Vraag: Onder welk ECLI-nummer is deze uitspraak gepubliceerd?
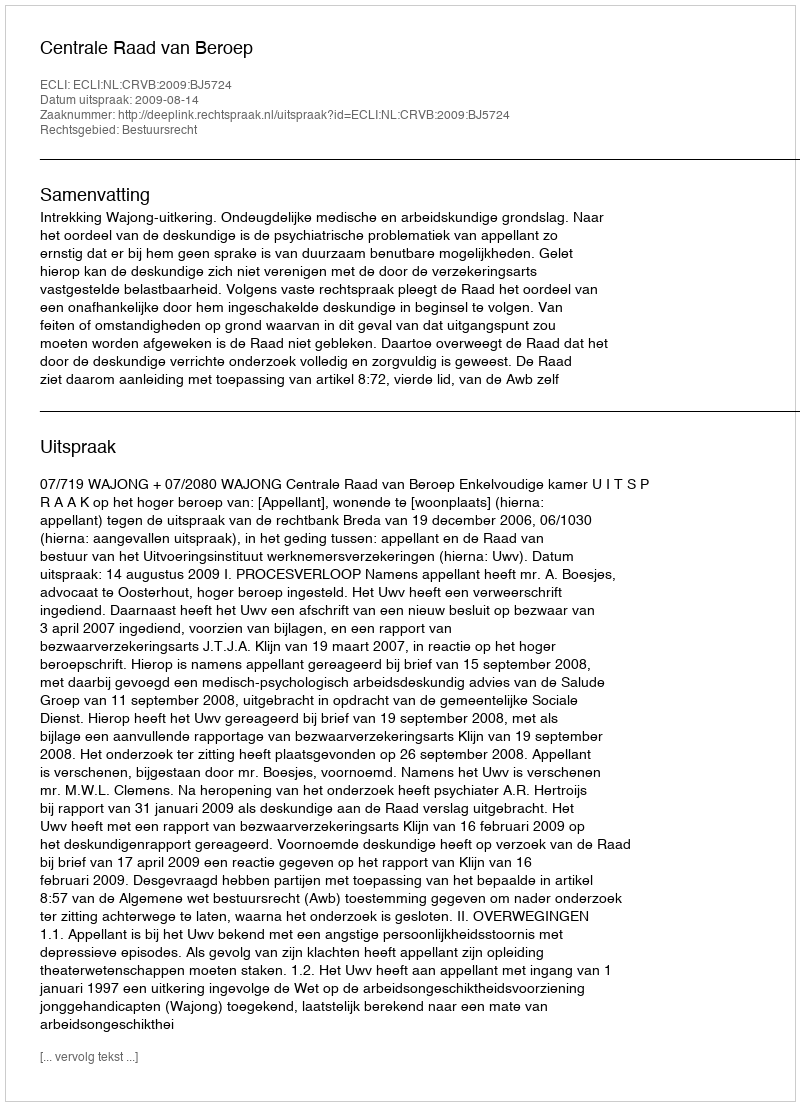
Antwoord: ECLI:NL:CRVB:2009:BJ5724